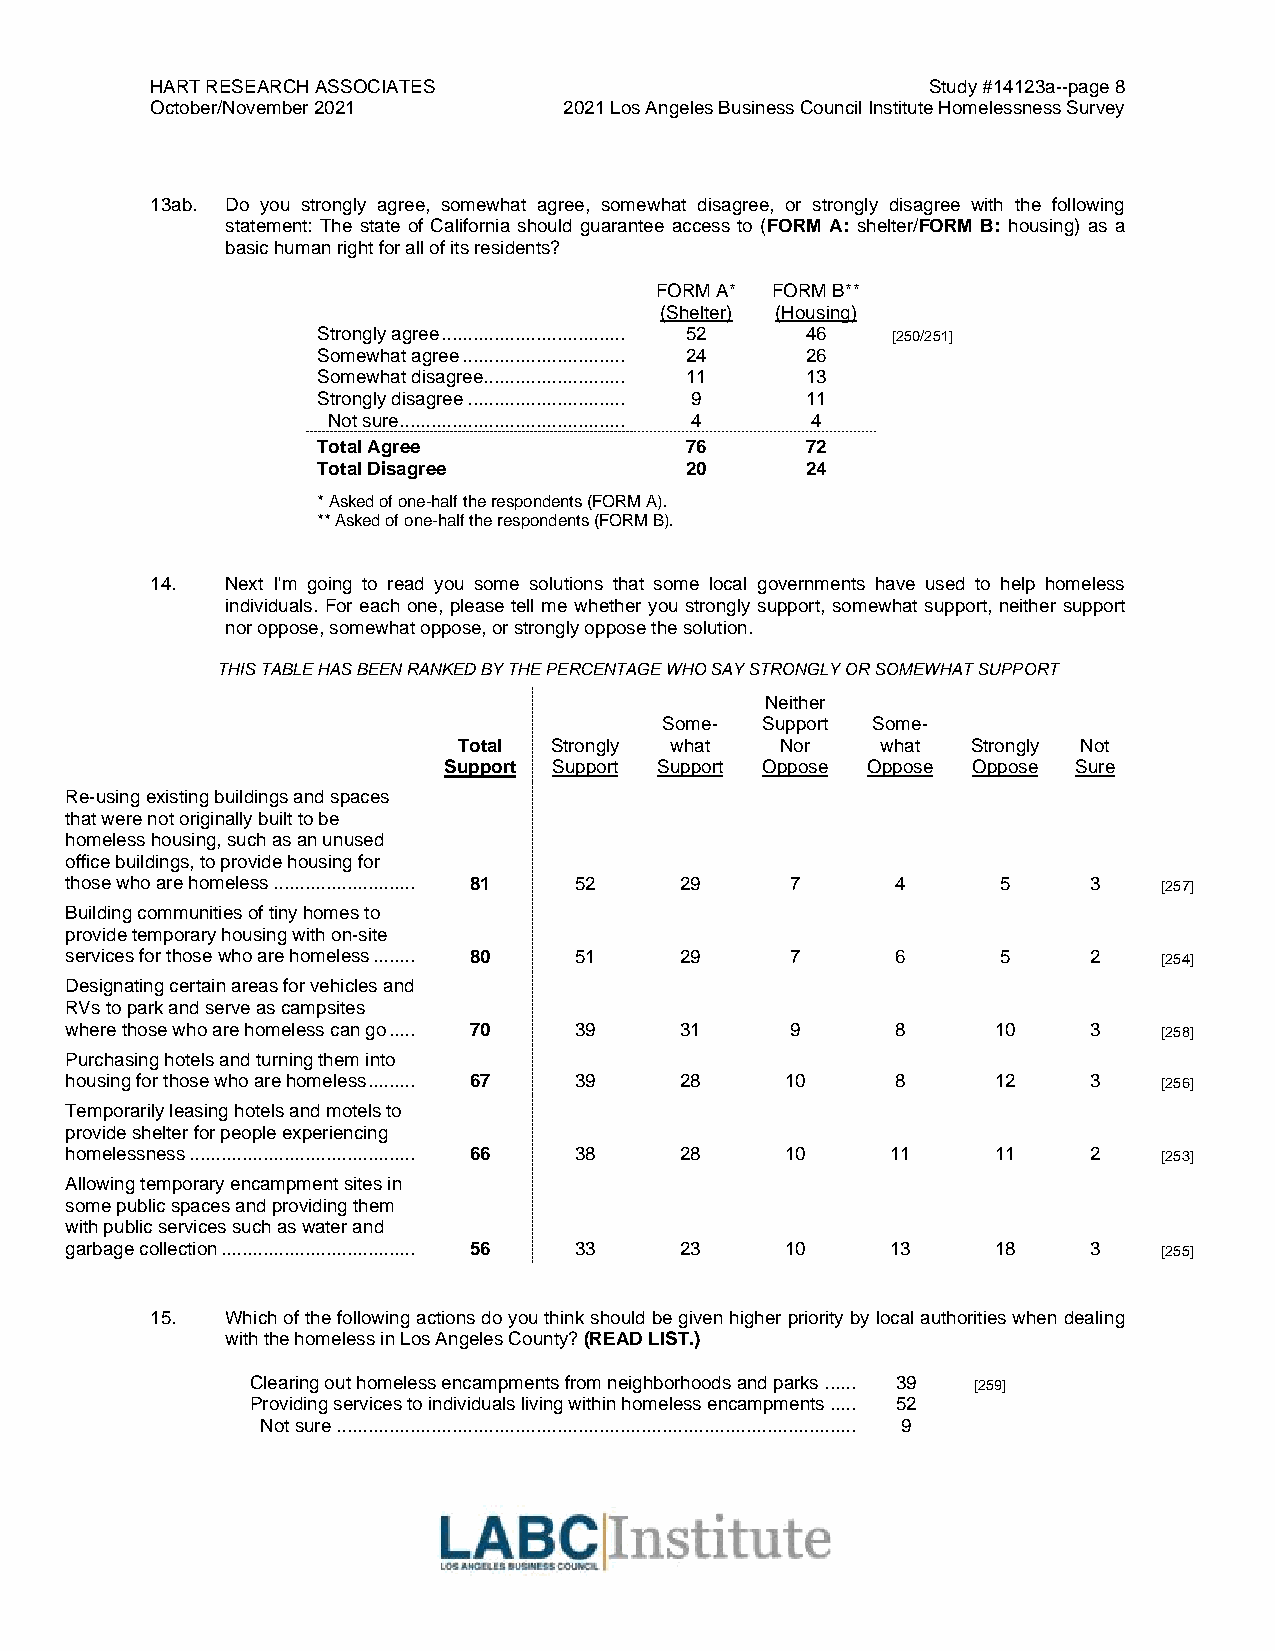
HART RESEARCH ASSOCIATES                            Study #14123a--page 8
 October/November 2021      2021 Los Angeles Business Council Institute Homelessness Survey
 13ab. Do you strongly agree, somewhat agree, somewhat disagree, or strongly disagree with the following
 statement: The state of California should guarantee access to (FORM A: shelter/FORM B: housing) as a
 basic human right for all of its residents?
 FORM A* FORM B**
 (Shelter) (Housing)
 Strongly agree ................................... 52 46 [250/251]
 Somewhat agree ............................... 24 26
 Somewhat disagree........................... 11 13
 Strongly disagree .............................. 9 11
 Not sure ........................................... 4 4
 Total Agree             76      72
 Total Disagree          20      24
 * Asked of one-half the respondents (FORM A).
 ** Asked of one-half the respondents (FORM B).
 14.  Next I'm going to read you some solutions that some local governments have used to help homeless
 individuals. For each one, please tell me whether you strongly support, somewhat support, neither support
 nor oppose, somewhat oppose, or strongly oppose the solution.
 THIS TABLE HAS BEEN RANKED BY THE PERCENTAGE WHO SAY STRONGLY OR SOMEWHAT SUPPORT
 Neither
 Some- Support Some-
 Total Strongly what   Nor   what  Strongly Not
 Support Support Support Oppose Oppose Oppose Sure
 Re-using existing buildings and spaces
 that were not originally built to be
 homeless housing, such as an unused
 office buildings, to provide housing for
 those who are homeless ........................... 81 52 29 7 4 5   3    [257]
 Building communities of tiny homes to
 provide temporary housing with on-site
 services for those who are homeless ........ 80 51 29 7 6     5     2    [254]
 Designating certain areas for vehicles and
 RVs to park and serve as campsites
 where those who are homeless can go ..... 70 39 31 9   8      10    3    [258]
 Purchasing hotels and turning them into
 housing for those who are homeless ......... 67 39 28 10 8    12    3    [256]
 Temporarily leasing hotels and motels to
 provide shelter for people experiencing
 homelessness ........................................... 66 38 28 10 11 11 2 [253]
 Allowing temporary encampment sites in
 some public spaces and providing them
 with public services such as water and
 garbage collection ..................................... 56 33 23 10 13 18 3 [255]
 15.  Which of the following actions do you think should be given higher priority by local authorities when dealing
 with the homeless in Los Angeles County? (READ LIST.)
 Clearing out homeless encampments from neighborhoods and parks ...... 39 [259]
 Providing services to individuals living within homeless encampments ..... 52
 Not sure ................................................................................................... 9